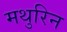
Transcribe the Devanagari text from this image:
मथुरिन